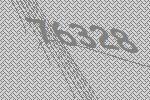
76328